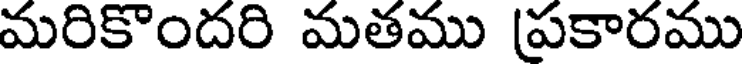
మరికొందరి మతము (ప్రకారము